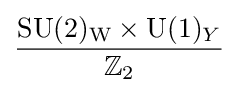
{\frac {\mathrm {SU} (2)_{\text{W}}\times \mathrm {U} (1)_{Y}}{\mathbb {Z} _{2}}}